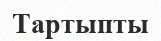
Тартыпты